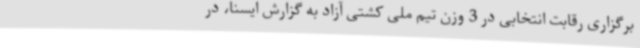
برگزاری رقابت انتخابی در 3 وزن تیم ملی کشتی آزاد به گزارش ایسنا، در